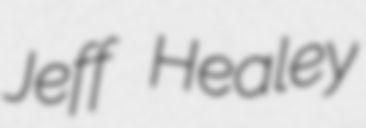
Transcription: Jeff Healey